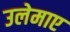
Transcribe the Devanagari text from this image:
उलेमाए